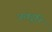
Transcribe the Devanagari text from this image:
जखडूनि